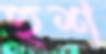
হুশ